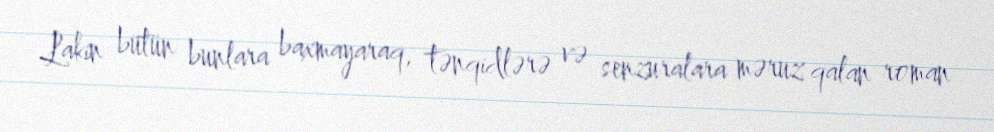
Lakin bütün bunlara baxmayaraq, tənqidlərə və senzuralara məruz qalan roman